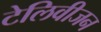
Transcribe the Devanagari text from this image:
टेलिवीजन